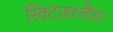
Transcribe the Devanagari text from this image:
स्विटज़रलैंड।